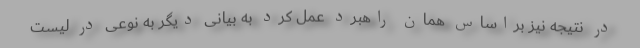
در نتیجه نیز براساس همان راهبرد عمل کرد به بیانی دیگر به نوعی در لیست